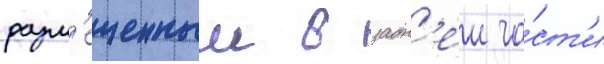
разм'ещенныи в задн'еи ча́ст'и